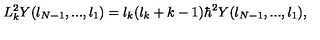
L _ { k } ^ { 2 } Y ( l _ { N - 1 } , . . . , l _ { 1 } ) = l _ { k } ( l _ { k } + k - 1 ) \hbar ^ { 2 } Y ( l _ { N - 1 } , . . . , l _ { 1 } ) ,